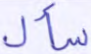
سأل